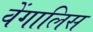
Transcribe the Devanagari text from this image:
वेंगालिस